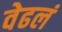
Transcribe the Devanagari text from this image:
वेढलं